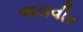
જયવીર